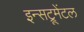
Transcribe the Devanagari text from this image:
इन्सट्रूमेंटल